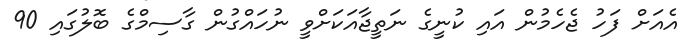
އެއަށް ފަހު ޖެހެމުން އައި ކުނީގެ ނަތީޖާއަކަށްވީ ނުހައްގުން ގާސިމްގެ ބޮލުގައި 90